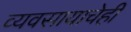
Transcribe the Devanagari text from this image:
व्यवसायाचेही